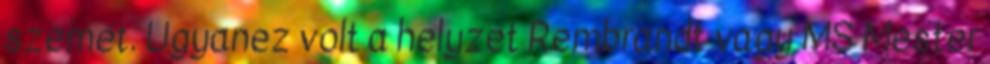
szemét. Ugyanez volt a helyzet Rembrandt vagy MS Mester